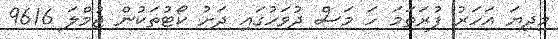
މިދިޔަ އަހަރު ފުރަތަމަ ހަ މަސް ދުވަހުގައި ދަށު ކޯޓުތަކުން ޖުމްލަ 9616